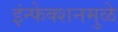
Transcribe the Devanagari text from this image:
इंन्फेक्शनमुळे